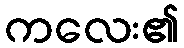
ကလေး၏